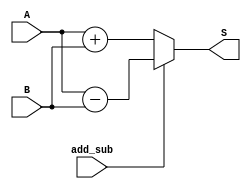
`timescale 1ns / 1ps
//////////////////////////////////////////////////////////////////////////////////
// Company: 
// Engineer: 
// 
// Design Name: 
// Module Name:    adder_subtractor 
// Project Name: 
// Target Devices: 
// Tool versions: 
// Description: 
//
// Dependencies: 
//
// Revision: 
// Revision 0.01 - File Created
// Additional Comments: 
//
//////////////////////////////////////////////////////////////////////////////////
module adder_subtractor #(parameter WIDTH=16)(
    input [WIDTH-1:0] A,
    input [WIDTH-1:0] B,
    input add_sub,
    output reg [WIDTH-1:0] S
    );
	 
	 always @*
	 begin
		if (add_sub)
			S = A-B;
		else
			S = A+B;
	 end

endmodule